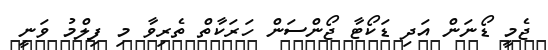
ޖެމީ ޑޯނަން އަދި ޑަކޯޓާ ޖޯންސަން ހަރަކާތް ތެރިވާ މި ފިލްމު ވަނީ